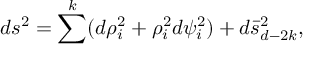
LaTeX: d s ^ { 2 } = \sum ^ { k } ( d \rho _ { i } ^ { 2 } + \rho _ { i } ^ { 2 } d \psi _ { i } ^ { 2 } ) + d \bar { s } _ { d - 2 k } ^ { 2 } ,